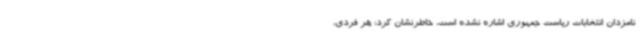
نامزدان انتخابات ریاست جمهوری اشاره‌ نشده است، خاطرنشان کرد: هر فردی،